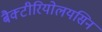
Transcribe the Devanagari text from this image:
बैक्टीरियोलयसिन